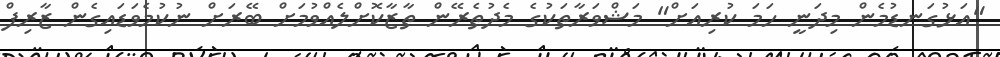
"އަޅުގަނޑުމެން މިދަނީ ހަމަ ކުރިއަށް" މަޝްވަރާތަކުގެ މެދުތެރޭން ތާޒާކޮށްލެއްވުމަށް ބޭރަށް ނުކުމެވަޑައިގެން ޒާރިފް